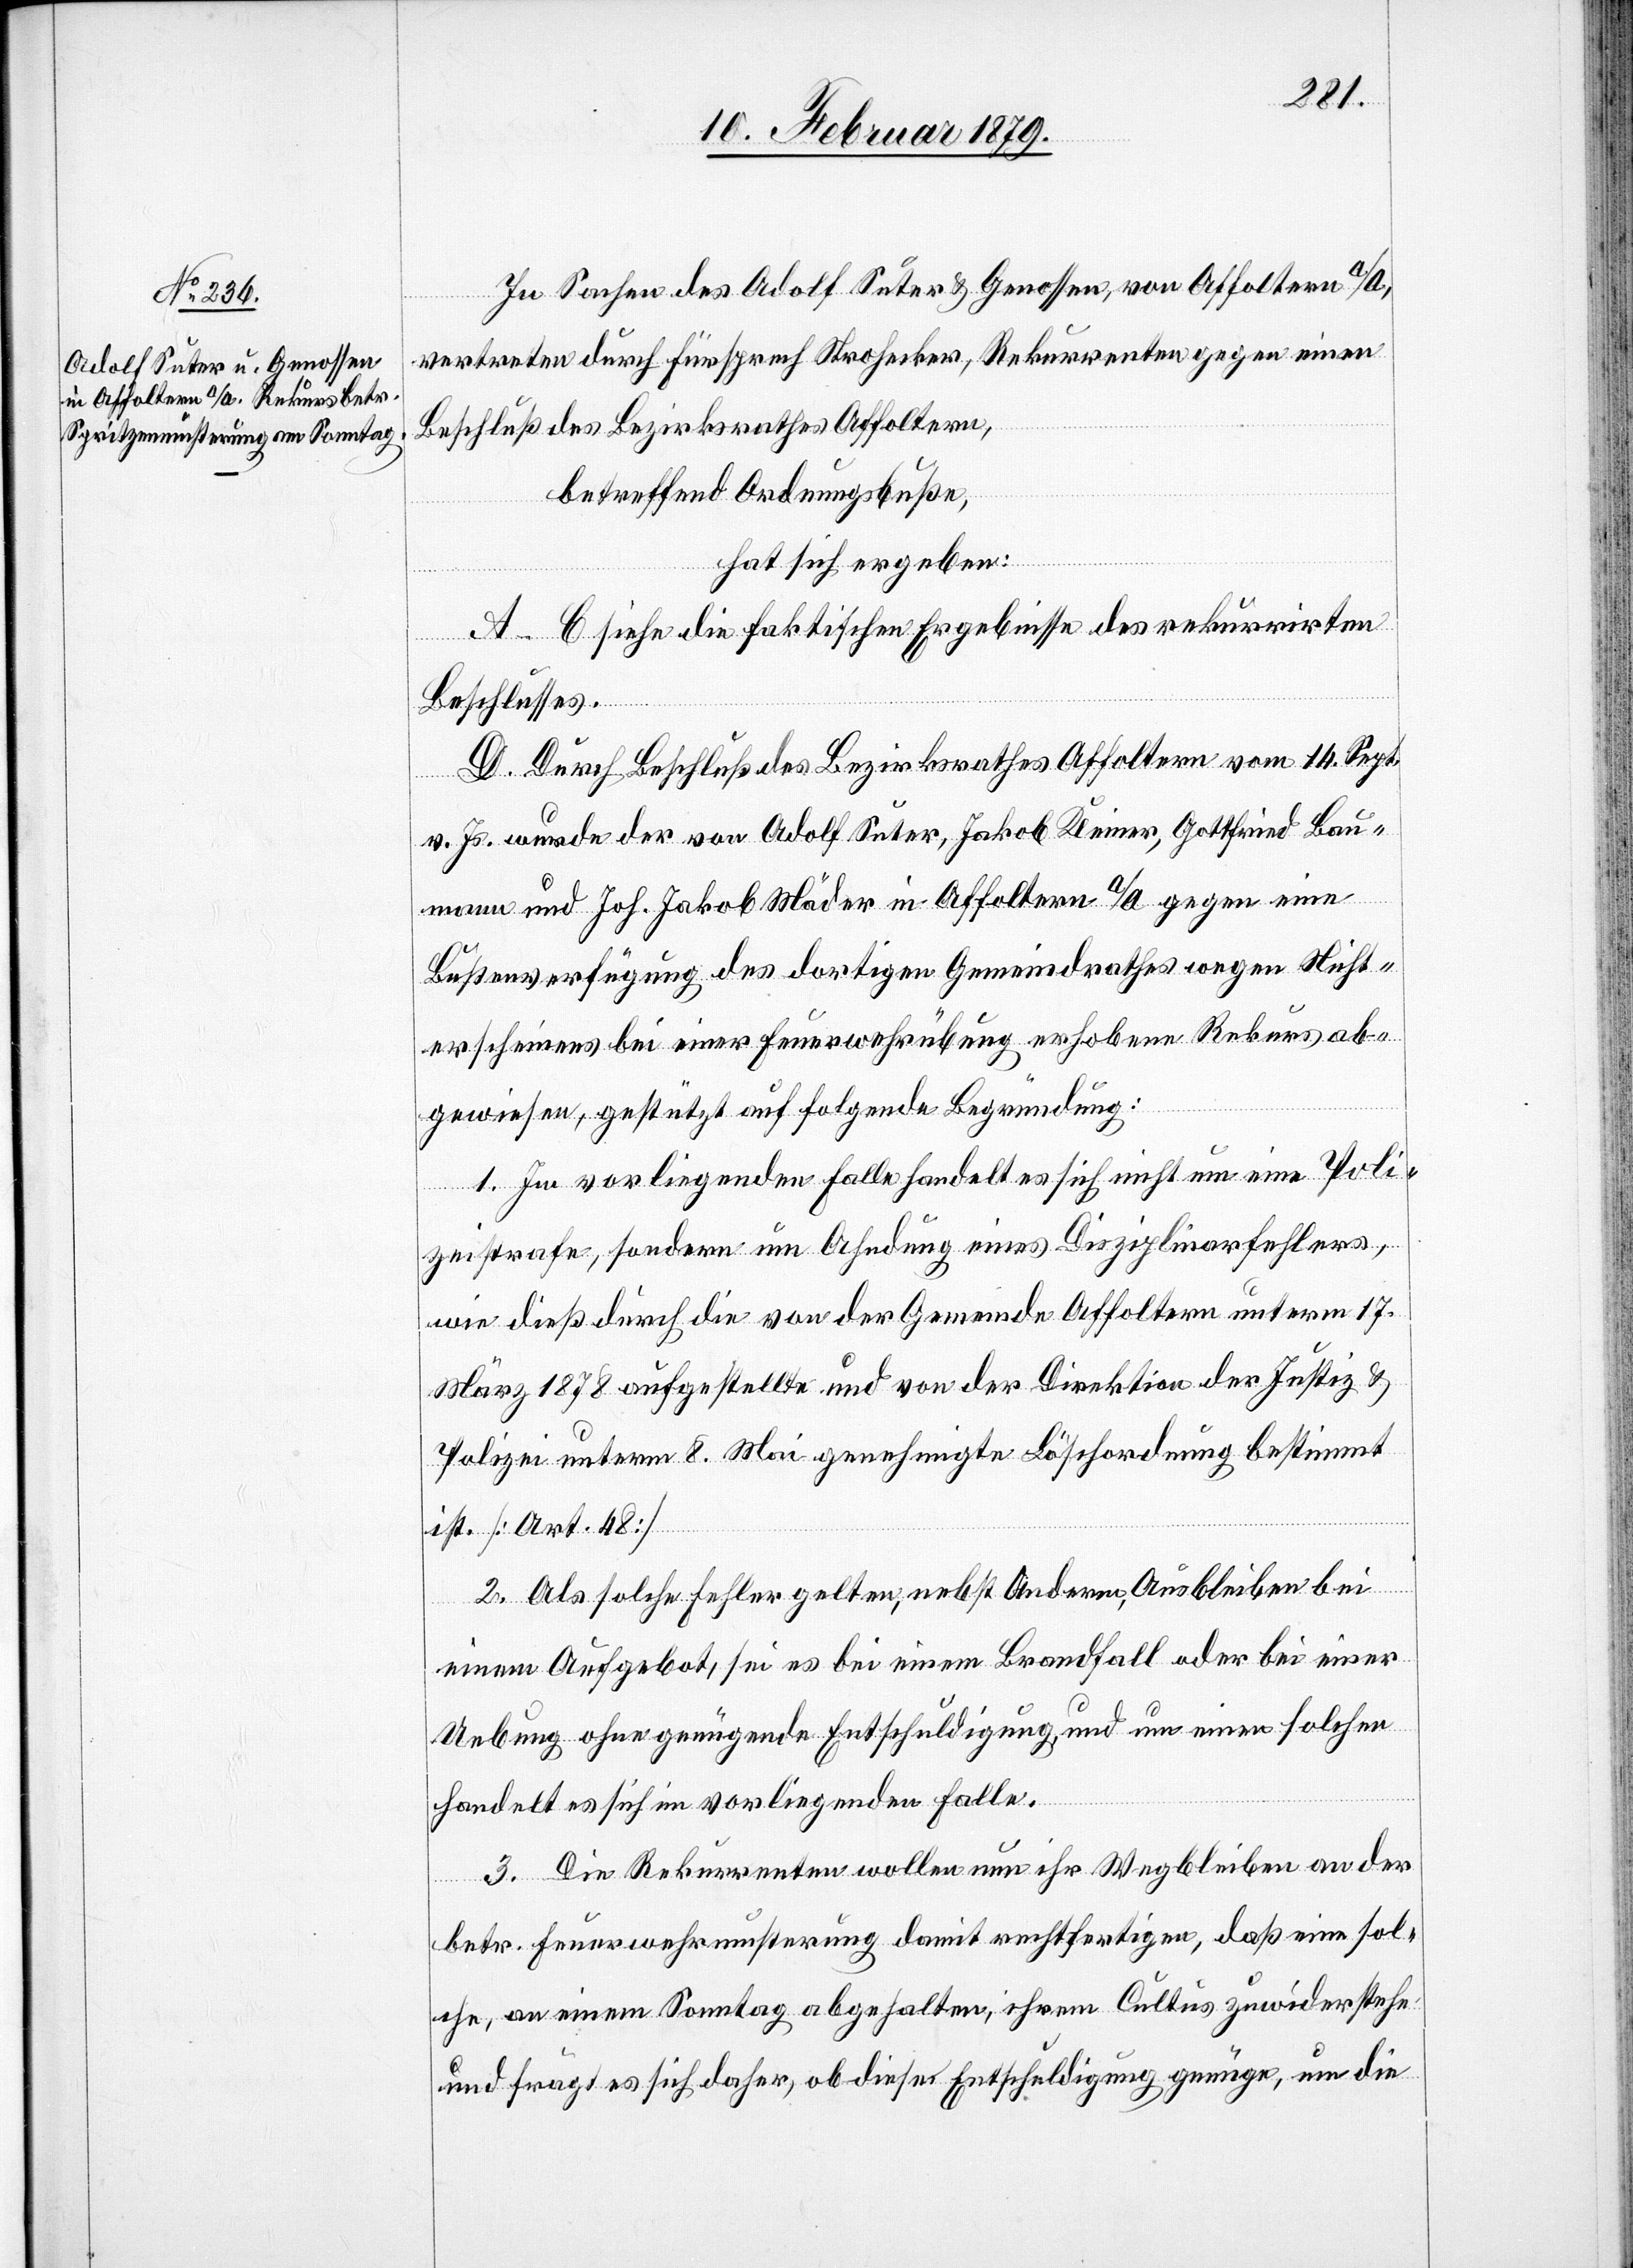
In Sachen des Adolf Suter & Genossen, von Affoltern a/A.,
vertreten durch Fürsprech Strohecker, Rekurrenten gegen einen
Beschluß des Bezirksrathes Affoltern,
betreffend Ordnungsbuße,
hat sich ergeben:
A–C siehe die faktischen Ergebnisse des rekurrirten
Beschlusses.
D. Durch Beschluß des Bezirksrathes Affoltern vom 14. Sept.
v. Js. wurde der von Adolf Suter, Jakob Kleiner, Gottfried Bau¬
mann und Joh. Jakob Mäder in Affoltern a/A. gegen eine
Bußenverfügung des dortigen Gemeindrathes wegen Nicht¬
erscheinens bei einer Feuerwehrübung erhobene Rekurs ab¬
gewiesen, gestützt auf folgende Begründung:
1. Im vorliegenden Falle handelt es sich nicht um eine Poli¬
zeistrafe, sondern um Ahndung eines Disziplinarfehlers,
wie dieß durch die von der Gemeinde Affoltern unterm 17.
März 1878 aufgestellte und von der Direktion der Justiz &
Polizei unterm 8. Mai genehmigte Löschordnung bestimmt
ist. [Art. 48]
2. Als solche Fehler gelten, nebst Anderm, Ausbleiben bei
einem Aufgebot, sei es bei einem Brandfall oder bei einer
Uebung ohne genügende Entschuldigung, und um einen solchen
handelt es sich im vorliegenden Falle.
3. Die Rekurrenten wollen nun ihr Wegbleiben an der
betr. Feuerwehrmusterung damit rechtfertigen, daß eine sol¬
che, an einem Sonntag abgehalten, ihrem Cultus zuwiderstehe
und frägt es sich daher, ob diese Entschuldigung genüge, um die